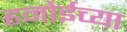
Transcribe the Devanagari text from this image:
हनोईच्या